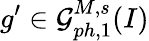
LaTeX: g^{\prime}\in\mathcal{G}_{ph,1}^{M,s}(I)